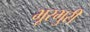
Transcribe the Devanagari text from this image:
भूरभुरी